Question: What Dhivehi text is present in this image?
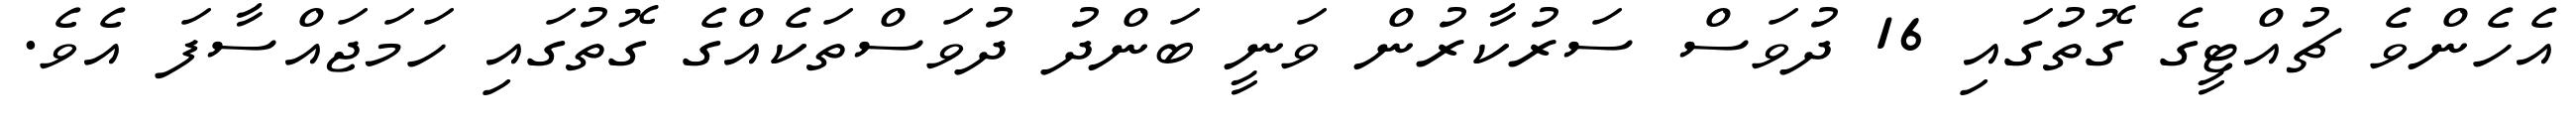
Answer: އެހެންވެ ޗުއްޓީގެ ގޮތުގައި 16 ދުވަސް ސަރުކާރުން ވަނީ ބަންދު ދުވަސްތަކެއްގެ ގޮތުގައި ހަމަޖައްސާފަ އެވެ.